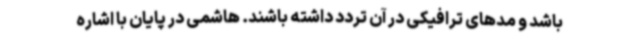
باشد و مدهای ترافیکی در آن تردد داشته باشند. هاشمی در پایان با اشاره